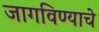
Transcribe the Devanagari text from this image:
जागविण्याचे